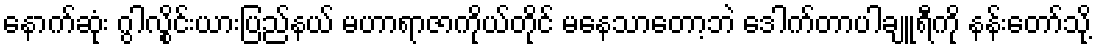
နောက်ဆုံး ဂွါလွိုင်းယားပြည်နယ် မဟာရာဇာကိုယ်တိုင် မနေသာတော့ဘဲ ဒေါက်တာပါချူရီကို နန်းတော်သို့